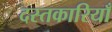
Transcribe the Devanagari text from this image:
दस्तकारियाँ